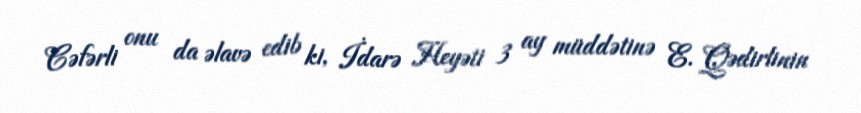
Cəfərli onu da əlavə edib ki, İdarə Heyəti 3 ay müddətinə E. Qədirlinin